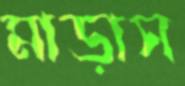
মাড়াস